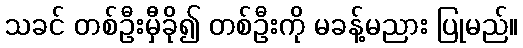
သခင် တစ်ဦးမှီခို၍ တစ်ဦးကို မခန့်မညား ပြုမည်။